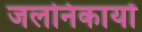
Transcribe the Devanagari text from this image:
जलनिकायों